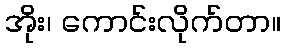
အိုး၊ ကောင်းလိုက်တာ။